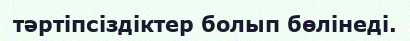
тәртіпсіздіктер болып бөлінеді.